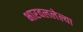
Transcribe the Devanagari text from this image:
भारवललेल्या